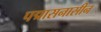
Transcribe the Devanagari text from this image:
पद्मासनासीन